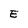
Character: E